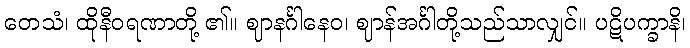
တေသံ၊ ထိုနီဝရဏာတို့ ၏။ ဈာနင်္ဂါနေဝ၊ ဈာန်အင်္ဂါတို့သည်သာလျှင်။ ပဋိပက္ခာနိ၊